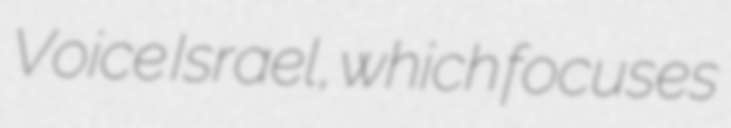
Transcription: Voice Israel, which focuses